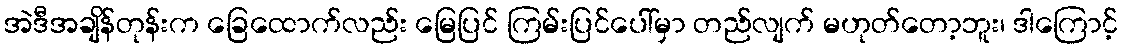
အဲဒီအချိန်တုန်းက ခြေထောက်လည်း မြေပြင် ကြမ်းပြင်ပေါ်မှာ တည်လျက် မဟုတ်တော့ဘူး၊ ဒါကြောင့်